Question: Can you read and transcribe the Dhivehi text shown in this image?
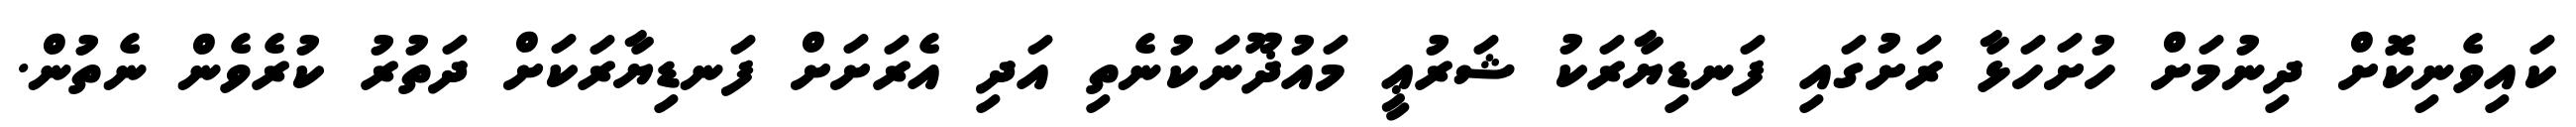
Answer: ކައިވެނިކޮށް ދިނުމަށް ހުށަހަޅާ ރަށުގައި ފަނޑިޔާރަކު ޝަރުޢީ މައުޛޫނަކުނެތި އަދި އެރަށަށް ފަނޑިޔާރަކަށް ދަތުރު ކުރެވެން ނެތުން.